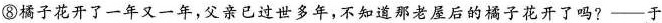
⑧橘子花开了一年又一年，父亲已过世多年，不知道那老屋后的橘子花开了吗?——\underline{于}